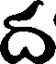
ద